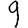
Digit: 9